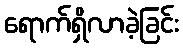
ရောက်ရှိလာခဲ့ခြင်း